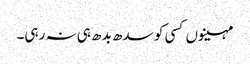
مہینوں کسی کو سدھ بدھ ہی نہ رہی۔